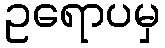
ဥရောပမှ